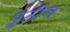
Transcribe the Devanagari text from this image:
पुठील